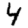
Digit: 4